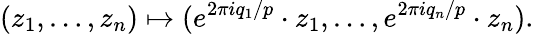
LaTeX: (z_{1},\ldots,z_{n})\mapsto(e^{2\pi iq_{1}/p}\cdot z_{1},\ldots,e^{2\pi iq_{n}/p}\cdot z_{n}).